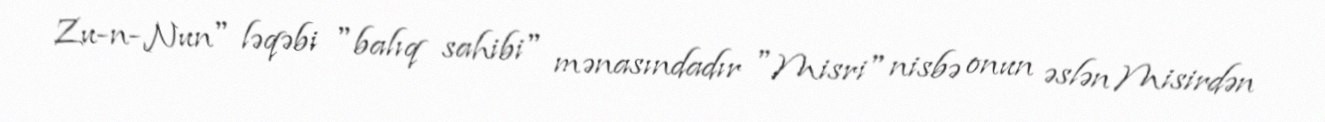
Zu-n-Nun" ləqəbi "balıq sahibi" mənasındadır "Misri" nisbə onun əslən Misirdən